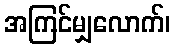
အကြင်မျှလောက်၊